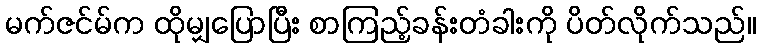
မက်ဇင်မ်က ထိုမျှပြောပြီး စာကြည့်ခန်းတံခါးကို ပိတ်လိုက်သည်။